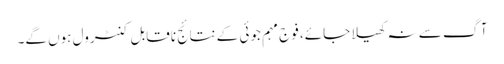
آگ سے نہ کھیلا جائے، فوج مہم جوئی کے نتائج ناقابل کنٹرول ہوں گے۔